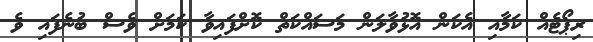
ރިޕޯޓެއް ކަމާއި އެކަން އޮޅުވާލަން މަސައްކަތް ކޮށްފައިވާ ކަމަށް ވެސް ބުނެފައި ވެ